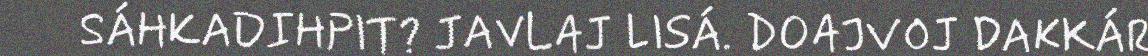
SÁHKADIHPIT? JAVLAJ LISÁ. DOAJVOJ DAKKÁR